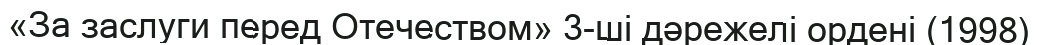
«За заслуги перед Отечеством» 3-ші дәрежелі ордені (1998)